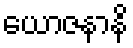
ယောဇနာနိ